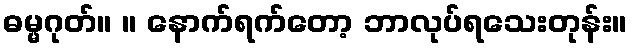
ဓမ္မဂုတ်။ ။ နောက်ရက်တော့ ဘာလုပ်ရသေးတုန်း။